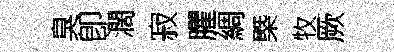
臭卽濶寂臞綢㮣牧厥